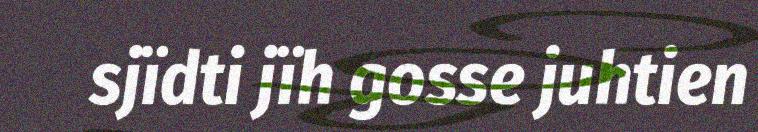
sjïdti jïh gosse juhtien